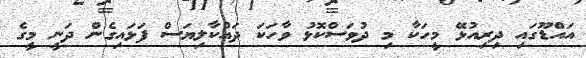
އައްޑޫގައި ދިރިއުޅޭ މީހަކާ މި ދުވަސްކޮޅު ވާހަކަ ދައްކާލިޔަސް ފަޅައިގެން ދަނީ މީގެ